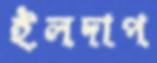
ইলদাপ